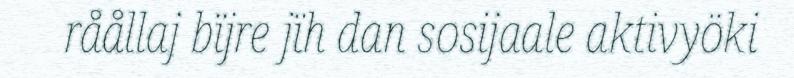
råållaj bïjre jïh dan sosijaale aktivyöki